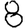
Digit: 8